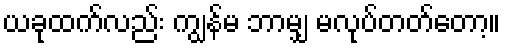
ယခုထက်လည်း ကျွန်မ ဘာမျှ မလုပ်တတ်တော့။